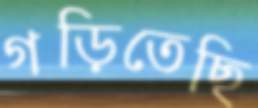
গড়িতেছি